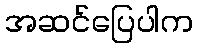
အဆင်ပြေပါက